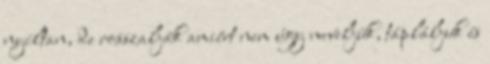
nyíltan, de rosszalják amiért nem úgy neveljük, tápláljuk és